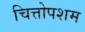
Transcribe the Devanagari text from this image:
चित्तोपशम